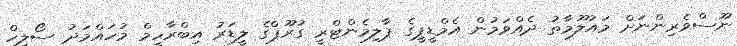
ނޫސްވެރިންނަށް މައުލޫމާތު ދެއްވަމުން އެމްޑީޕީގެ ޕާލިމެންޓްރީ ގުރޫޕްގެ ލީޑަރު އިބްރާހީމް މުހައްމަދު ސޯލިހް